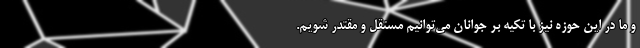
و ما در این حوزه نیز با تکیه بر جوانان می‌توانیم مستقل و مقتدر شویم.